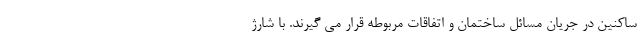
ساکنین در جریان مسائل ساختمان و اتفاقات مربوطه قرار می گیرند. با شارژ